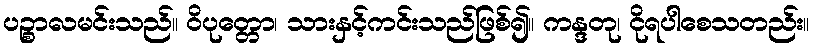
ပဉ္စာလမင်းသည်။ ဝိပုတ္တော၊ သားနှင့်ကင်းသည်ဖြစ်၍။ ကန္ဒတု၊ ငိုရပါစေသတည်း။